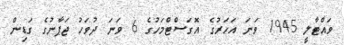
ވައްޓާލީ 1945 ވަނަ އަހަރުގެ އޮގަސްޓްމަހުގެ 6 ވަނަ ދުވަހު ޖަޕާނުގެ ގަޑިން